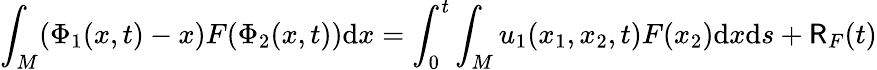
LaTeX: \int_{M}(\Phi_{1}(x,t)-x)F(\Phi_{2}(x,t))\mathrm{d}x=\int_{0}^{t}\int_{M}u_{1}(x_{1},x_{2},t)F(x_{2})\mathrm{d}x\mathrm{d}s+\mathsf{R}_{F}(t)